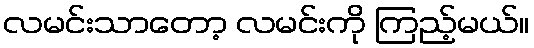
လမင်းသာတော့ လမင်းကို ကြည့်မယ်။